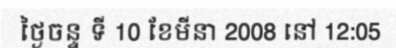
ថ្ងៃចន្ទ ទី 10 ខែមីនា 2008 នៅ 12:05